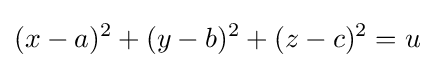
(x-a)^{2}+(y-b)^{2}+(z-c)^{2}=u